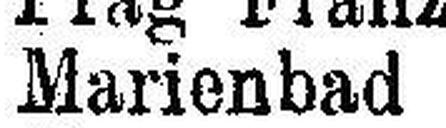
Marienbah